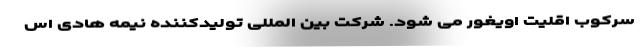
سرکوب اقلیت اویغور می شود. شرکت بین المللی تولیدکننده نیمه هادی اس